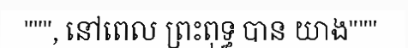
""", នៅពេល ព្រះពុទ្ធ បាន យាង"""